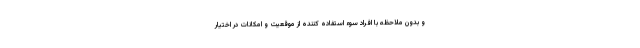
و بدون ملاحظه با افراد سوء استفاده کننده از موقعیت و امکانات در اختیار